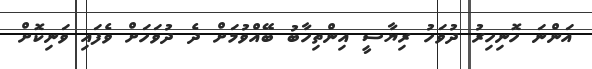
އަންނަ ހޮނިހިރު ދުވަހު ރިޔާސީ އިންތިހާބު ބޭއްވުމަށް ދެ ދުވަހަށް ވެފައި ވަނިކޮށް